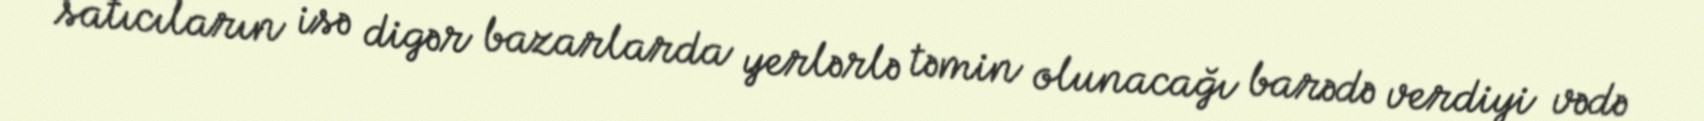
satıcıların isə digər bazarlarda yerlərlə təmin olunacağı barədə verdiyi vədə